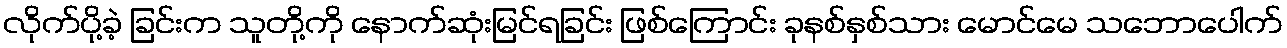
လိုက်ပို့ခဲ့ ခြင်းက သူတို့ကို နောက်ဆုံးမြင်ရခြင်း ဖြစ်ကြောင်း ခုနစ်နှစ်သား မောင်မေ သဘောပေါက်